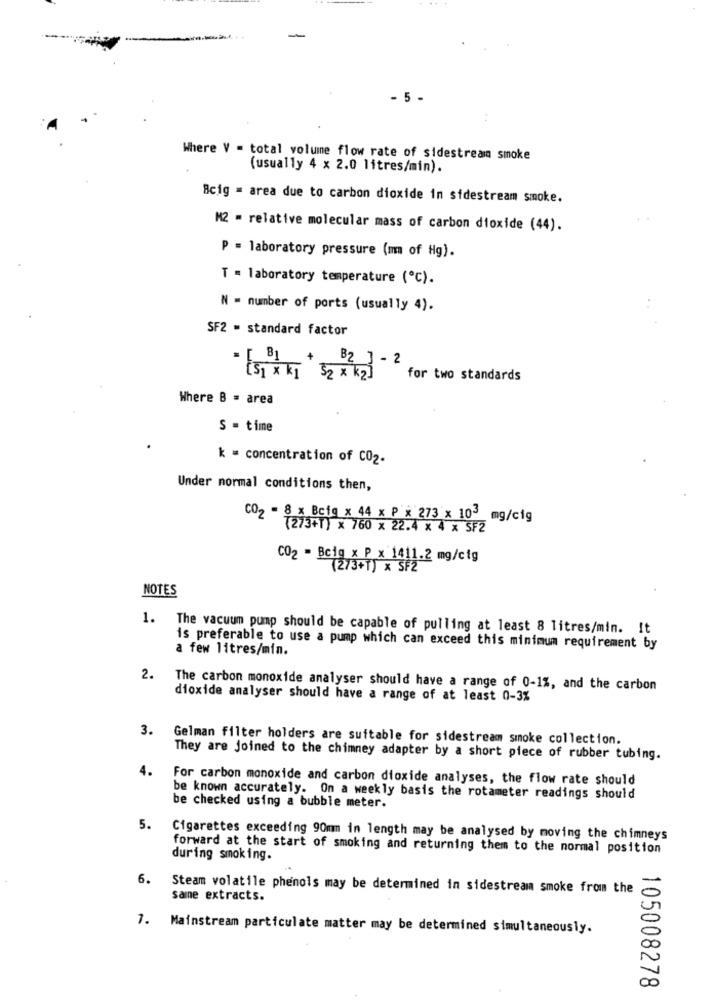
-
- 5 -
Where V = total volume flow rate of sidestream smoke
(usually 4 x 2.0 litres/min).
8cig = area due to carbon dioxide in sidestream smoke.
M2 - relative molecular mass of carbon dioxide (44).
P = laboratory pressure (m of Hg).
T = laboratory temperature (℃).
N = number of ports (usually 4).
SF2 = standard factor
for two standards
Where B = area
S = time
k = concentration of CO2.
Under normal conditions then,
CO2 - 8 x Bcfg x 44 x P x 273 x 103 mg/cig
(273+1) x 760 x 22.4 x 4 x SF2
CO2 - Bcig x P x 1411.2 mg/cig
(273+1) x SF2
NOTES
1. The vacuum pump should be capable of pulling at least 8 litres/min. It
a few litres/min.
is preferable to use a pump which can exceed this minimum requirement by
2.
The carbon monoxide analyser should have a range of 0-1%, and the carbon
dioxide analyser should have a range of at least 0-3%
3.
Gelman filter holders are suitable for sidestream smoke collection.
They are joined to the chimney adapter by a short piece of rubber tubing.
4.
For carbon monoxide and carbon dioxide analyses, the flow rate should
be known accurately. On a weekly basis the rotameter readings should
be checked using a bubble meter.
5.
Cigarettes exceeding 90mm in length may be analysed by moving the chimneys
forward at the start of smoking and returning them to the normal position
during smoking.
6.
Steam volatile phenols may be determined in sidestream smoke from the
same extracts.
7. Mainstream particulate matter may be determined simultaneously.
105008278